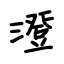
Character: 澄